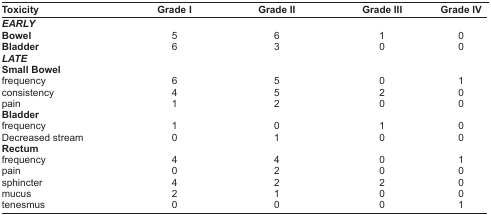
<table><thead><tr><td><b>Toxicity</b></td><td><b>Grade I</b></td><td><b>Grade II</b></td><td><b>Grade III</b></td><td><b>Grade IV</b></td></tr></thead><tbody><tr><td colspan="5"><b><i>EARLY</i></b></td></tr><tr><td><b>Bowel</b></td><td>5</td><td>6</td><td>1</td><td>0</td></tr><tr><td><b>Bladder</b></td><td>6</td><td>3</td><td>0</td><td>0</td></tr><tr><td colspan="5"><b><i>LATE</i></b></td></tr><tr><td colspan="5"><b>Small Bowel</b></td></tr><tr><td>frequency</td><td>6</td><td>5</td><td>0</td><td>1</td></tr><tr><td>consistency</td><td>4</td><td>5</td><td>2</td><td>0</td></tr><tr><td>pain</td><td>1</td><td>2</td><td>0</td><td>0</td></tr><tr><td colspan="5"><b>Bladder</b></td></tr><tr><td>frequency</td><td>1</td><td>0</td><td>1</td><td>0</td></tr><tr><td>Decreased stream</td><td>0</td><td>1</td><td>0</td><td>0</td></tr><tr><td colspan="5"><b>Rectum</b></td></tr><tr><td>frequency</td><td>4</td><td>4</td><td>0</td><td>1</td></tr><tr><td>pain</td><td>0</td><td>2</td><td>0</td><td>0</td></tr><tr><td>sphincter</td><td>4</td><td>2</td><td>2</td><td>0</td></tr><tr><td>mucus</td><td>2</td><td>1</td><td>0</td><td>0</td></tr><tr><td>tenesmus</td><td>0</td><td>0</td><td>0</td><td>1</td></tr></tbody></table>